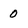
Character: 0